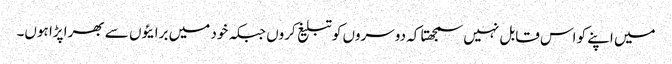
میں اپنے کو اس قابل نہیں سمجھتا کہ دوسروں کو تبلیغ کروں جبکہ خود میں برایئوں سے بھرا پڑا ہوں۔